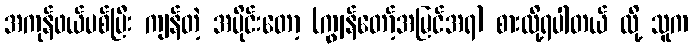
အကုန်ဖယ်ပစ်ပြီး ကျန်တဲ့ အပိုင်းတော့ (ကျွန်တော့်အမြင်အရ) စားလို့ရပါတယ် လို့ သူက